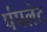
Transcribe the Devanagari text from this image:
पंपलेट